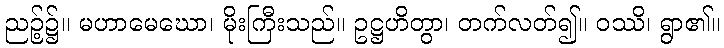
ညဉ့်၌။ မဟာမေဃော၊ မိုးကြီးသည်။ ဥဋ္ဌဟိတွာ၊ တက်လတ်၍။ ဝဿိ၊ ရွာ၏။